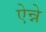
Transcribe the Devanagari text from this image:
ऐन्ने